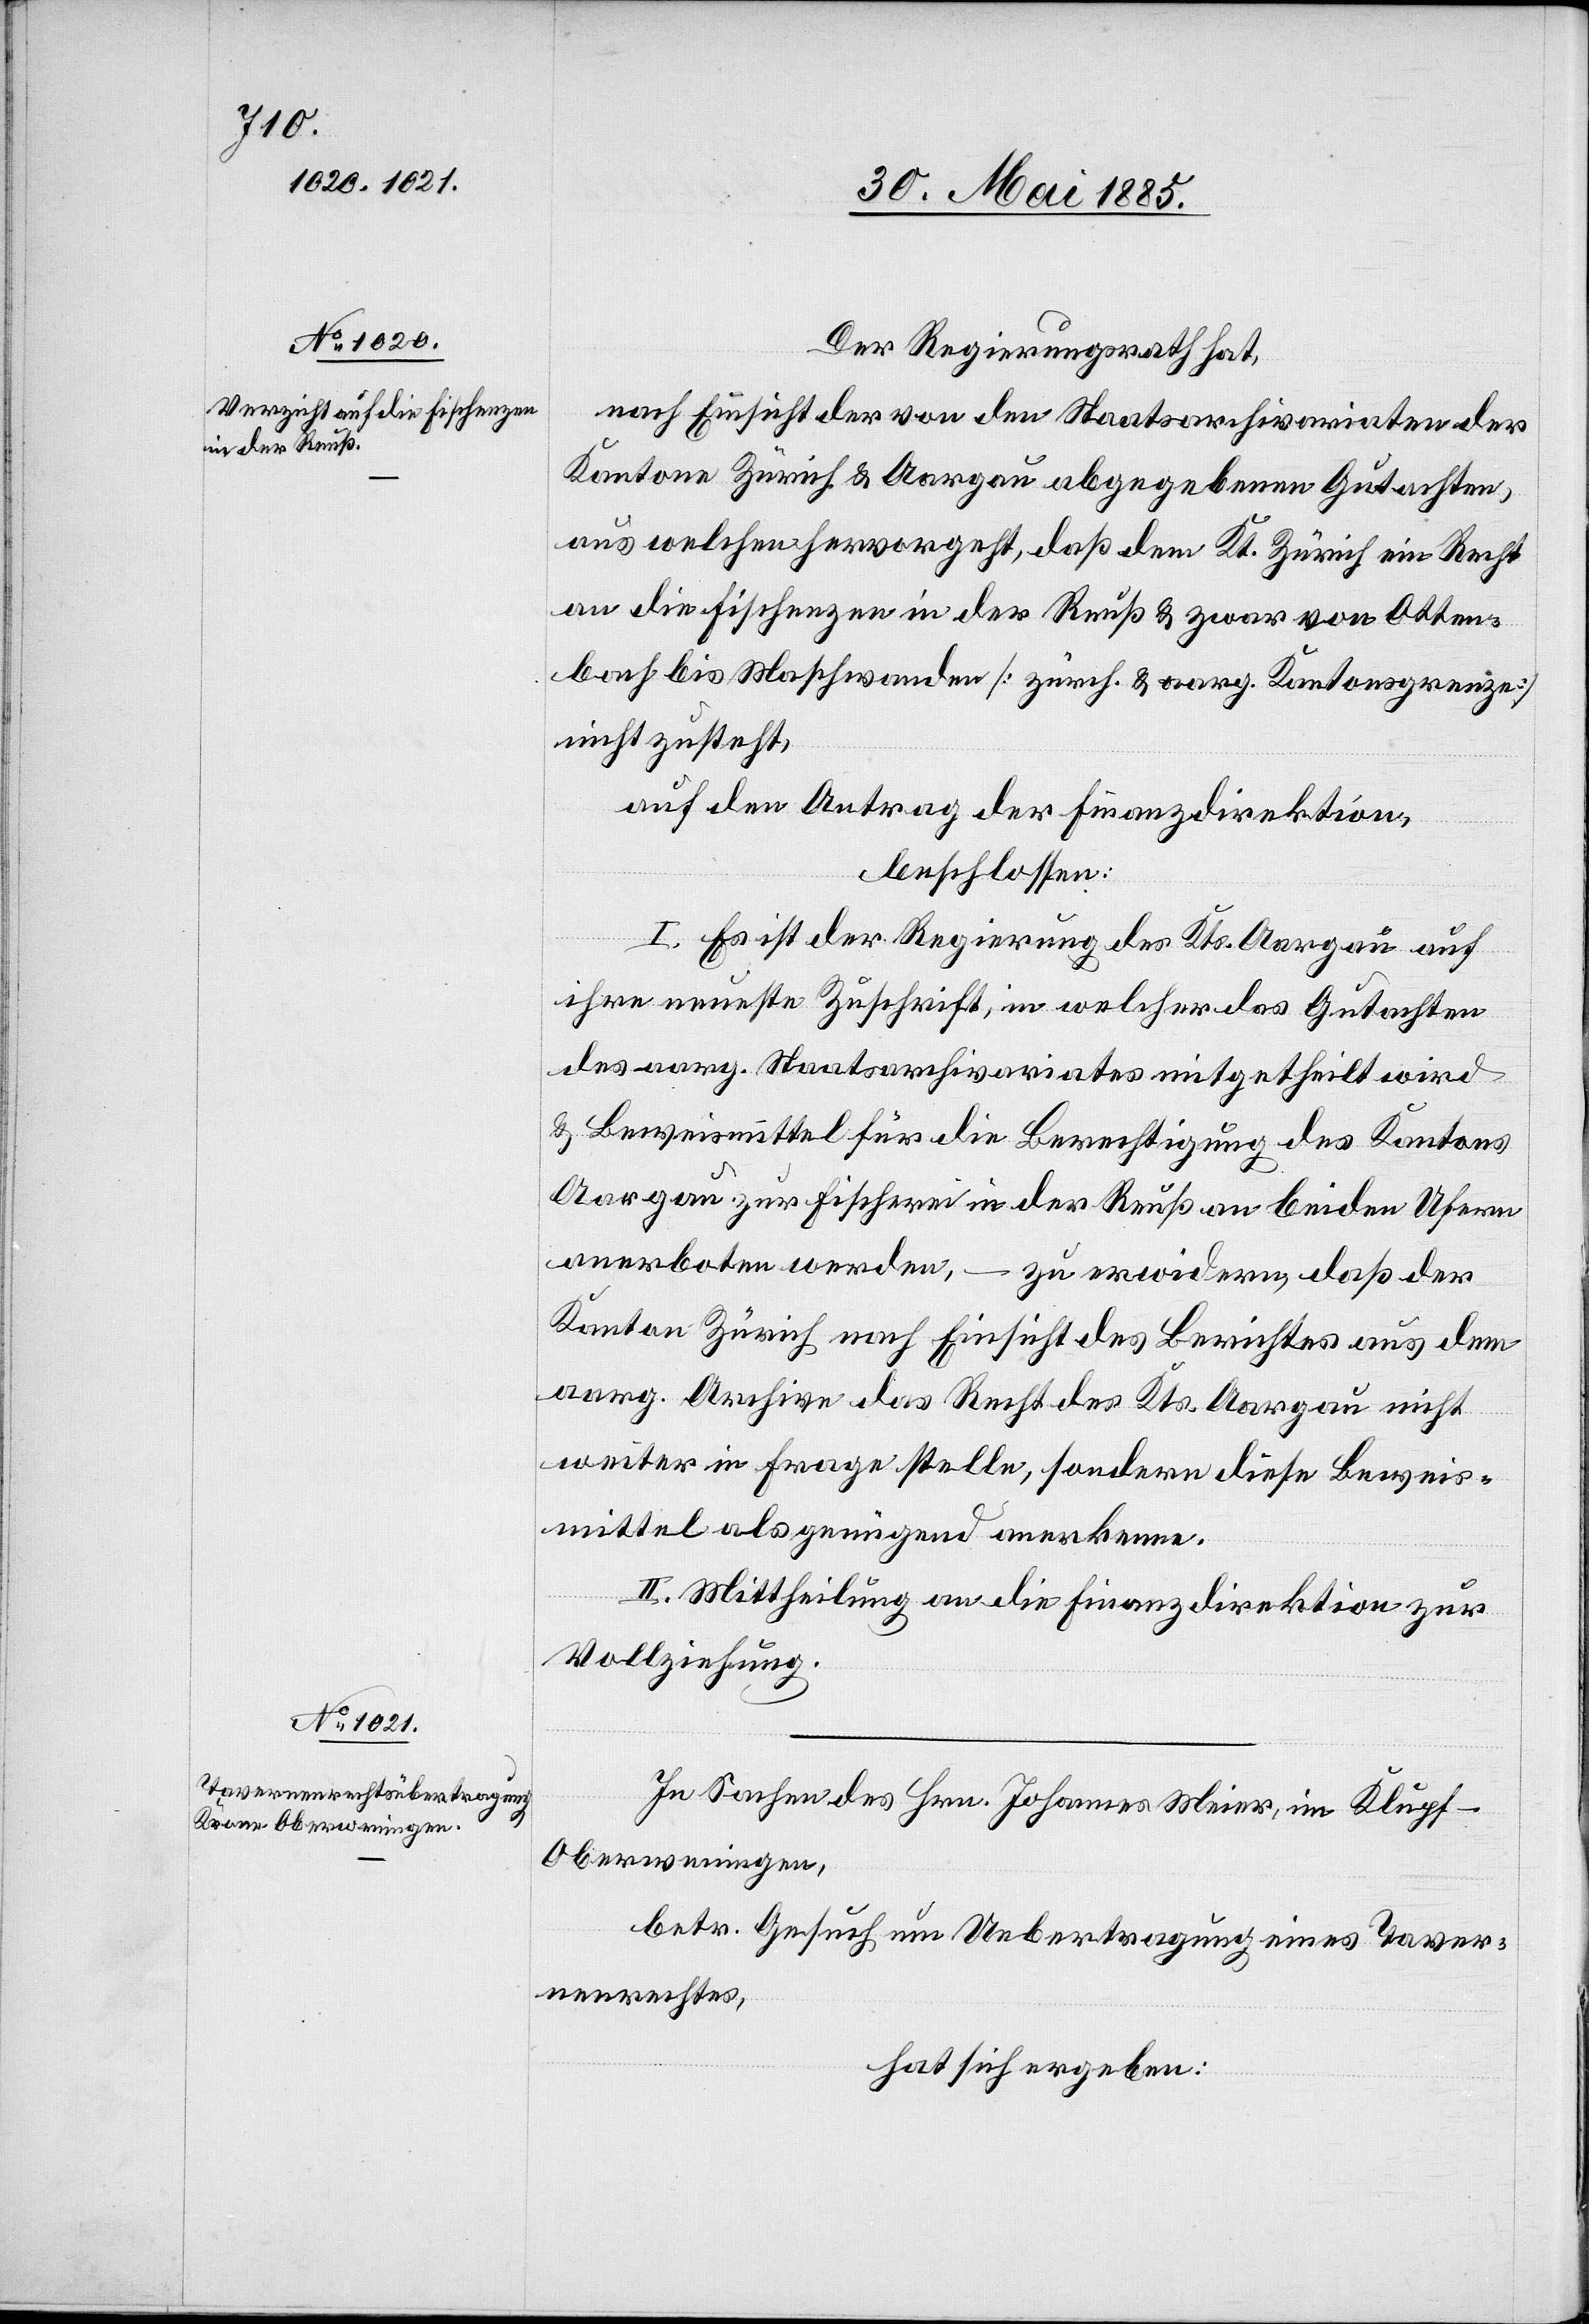
Der Regierungsrath hat,
nach Einsicht der von den Staatsarchivariaten der
Kantone Zürich & Aargau abgegebenen Gutachten,
aus welchen hervorgeht, daß dem Kt. Zürich ein Recht
an die Fischenzen in der Reuß & zwar von Otten¬
bach bis Maschwanden [zürch. & aarg. Kantonsgrenze]
nicht zusteht,
auf den Antrag der Finanzdirektion,
beschlossen:
I. Es ist der Regierung des Kts. Aargau auf
ihre neueste Zuschrift, in welcher das Gutachten
& Beweismittel für die Berechtigung des Kantons
Aargau zur Fischerei in der Reuß an beiden Ufern
anerboten werden, – zu erwidern, daß der
Kanton Zürich nach Einsicht des Berichtes aus dem
aarg. Archive das Recht des Kts. Aargau nicht
weiter in Frage stelle, sondern diese Beweis¬
mittel als genügend anerkenne.
II. Mittheilung an die Finanzdirektion zur
Vollziehung.
In Sachen des Hrn. Johannes Meier, in Klupf -
Oberweningen,
betr. Gesuch um Uebertragung eines Taver¬
nenrechtes,
hat sich ergeben: